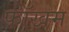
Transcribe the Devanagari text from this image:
फॉखम